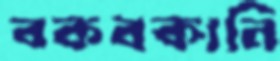
বকবকানি